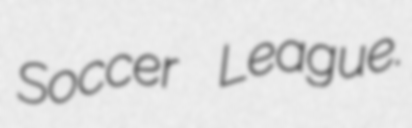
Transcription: Soccer League.